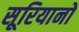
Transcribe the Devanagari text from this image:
सूरियानो